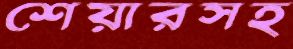
শেয়ারসহ